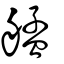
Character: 艋